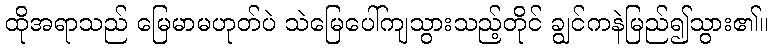
ထိုအရာသည် မြေမာမဟုတ်ပဲ သဲမြေပေါ်ကျသွားသည့်တိုင် ချွင်ကနဲမြည်၍သွား၏။